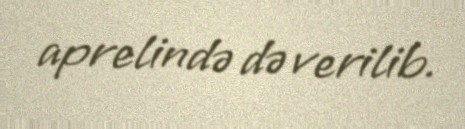
aprelində də verilib.